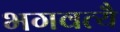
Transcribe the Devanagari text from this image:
भगवत्यै